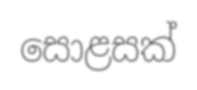
සොළසක්